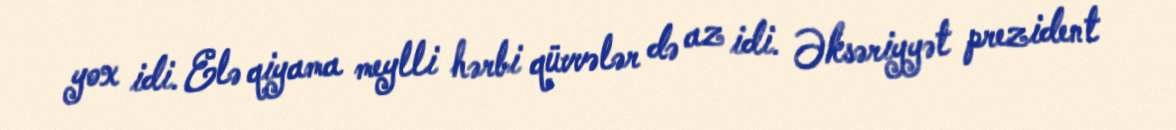
yox idi. Elə qiyama meylli hərbi qüvvələr də az idi. Əksəriyyət prezident